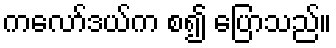
ကလော်ဒယ်က စ၍ ပြောသည်။